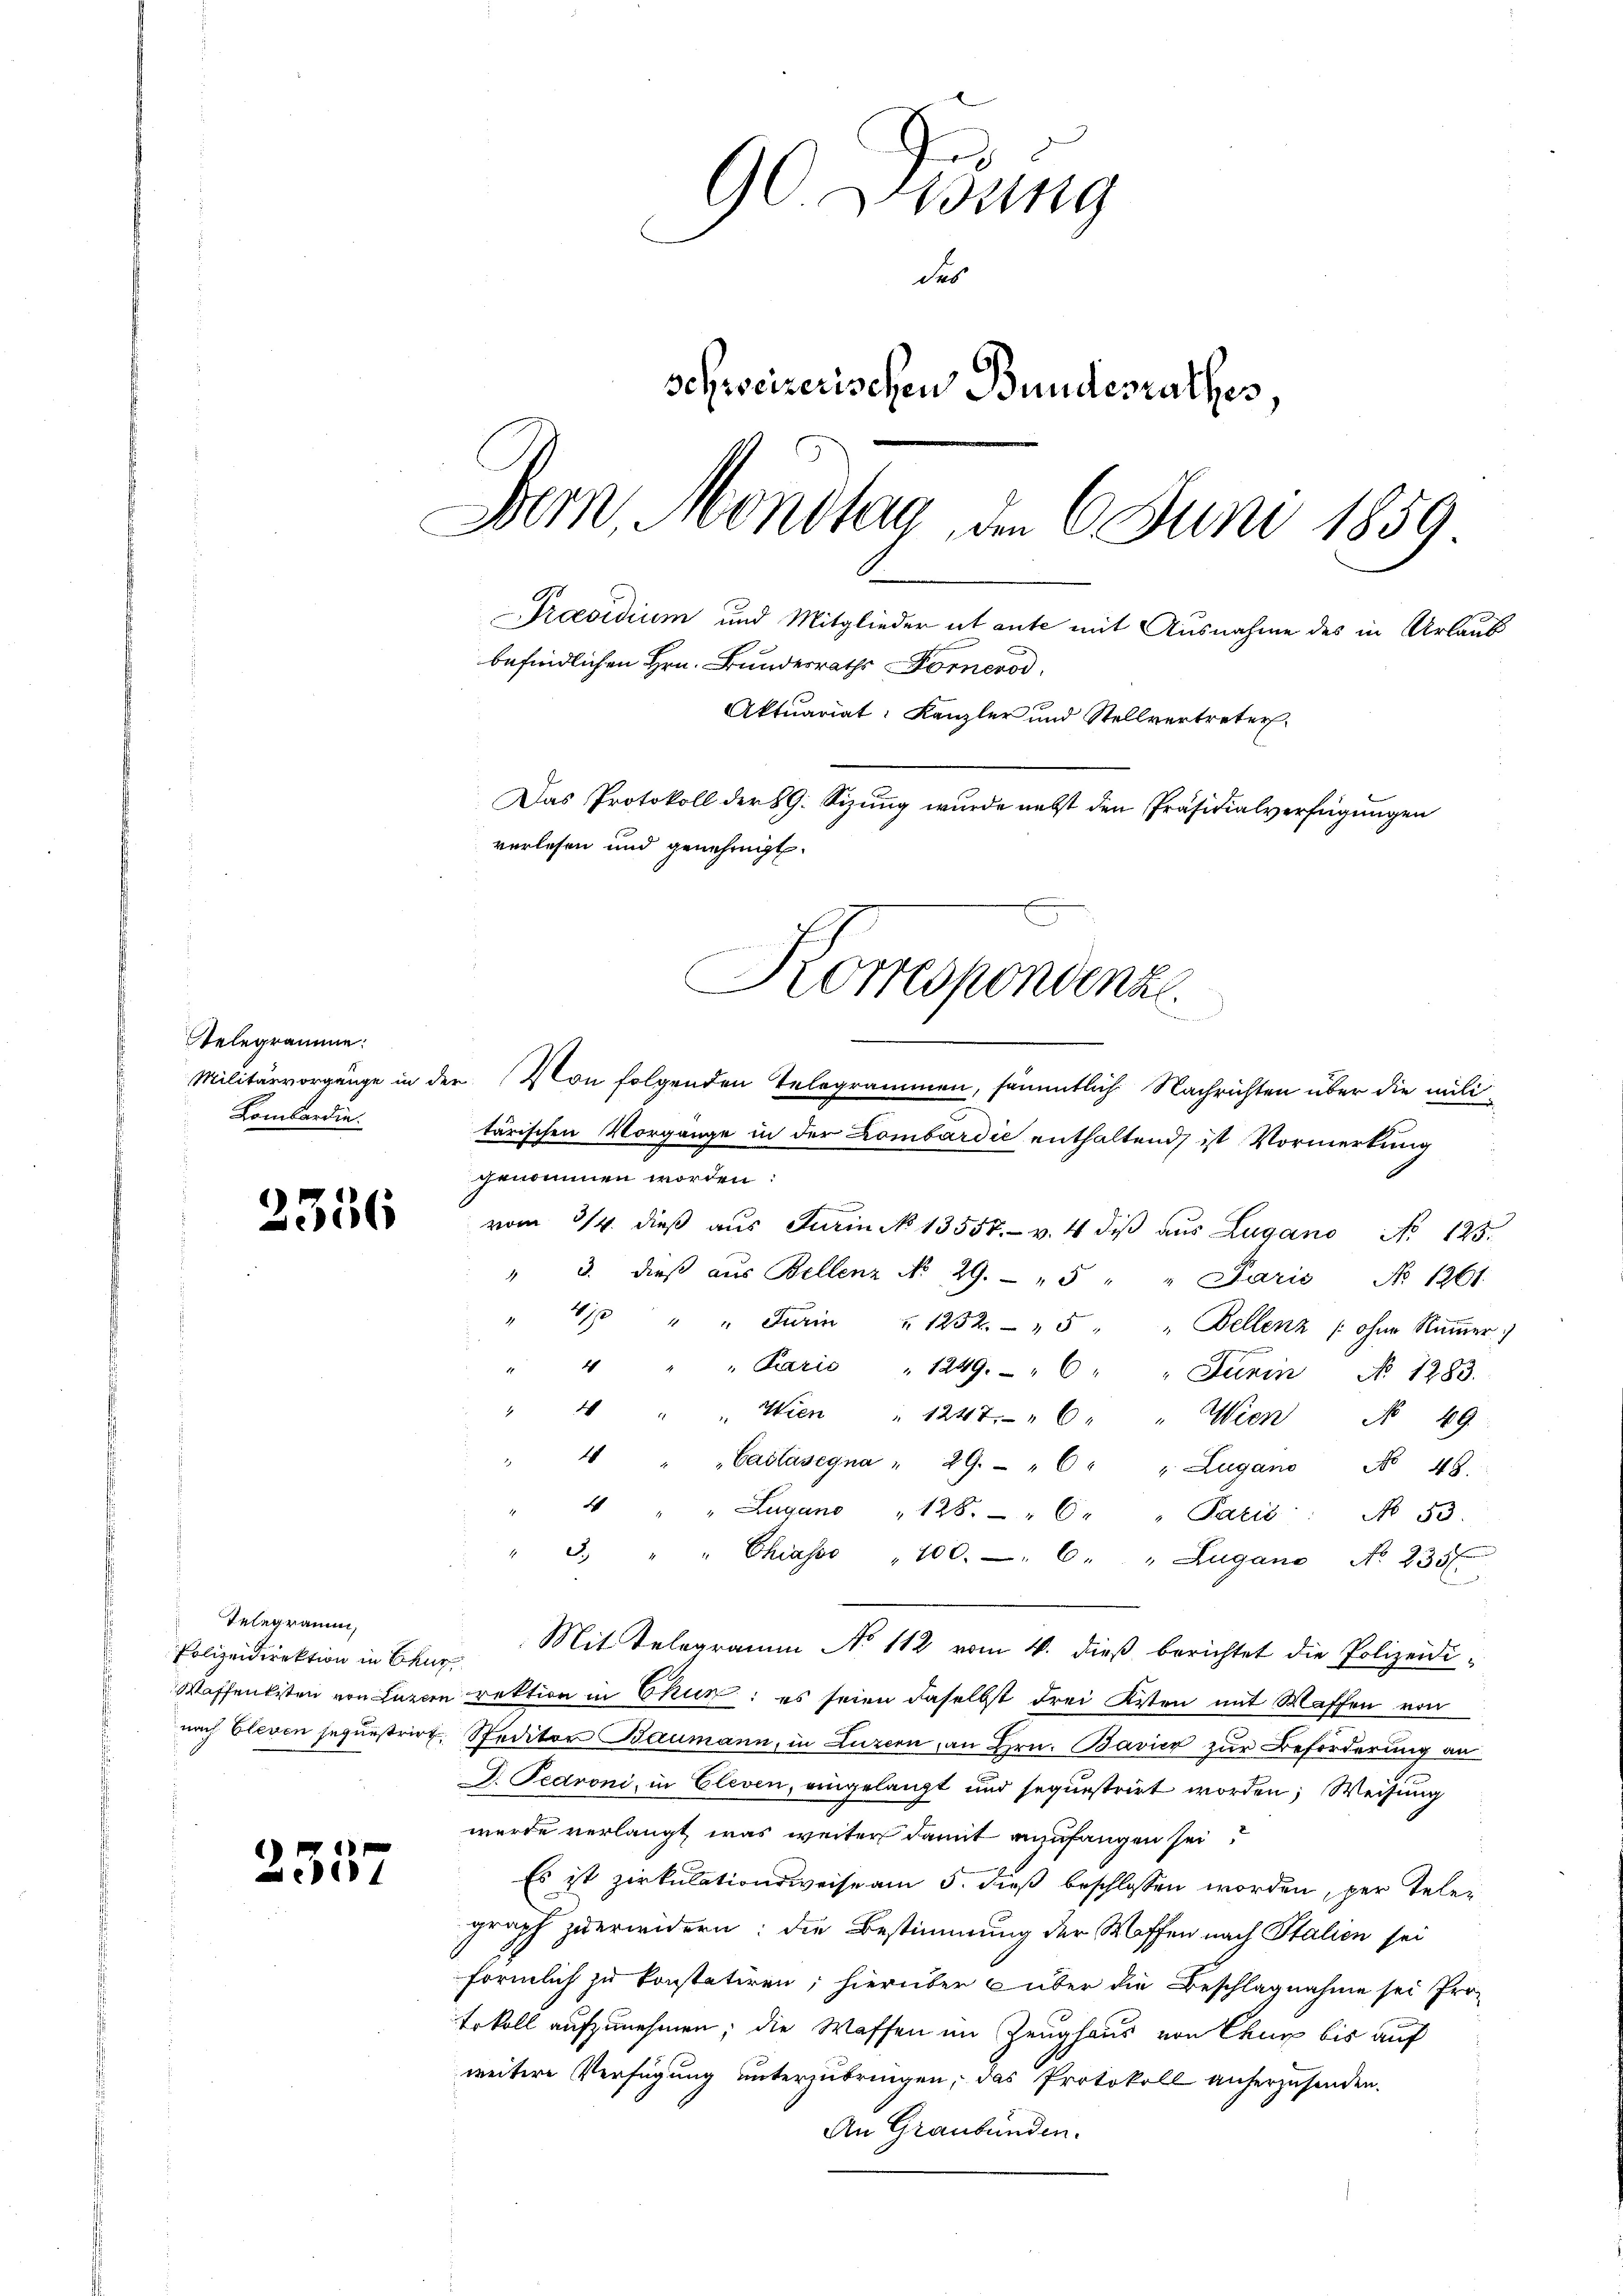
Telegramme:
Lombardin.

2336

Telegramm,
Polizeidirektion in Chur

2357

90 Didung
des
schweizerischen Bundesrathes,
Dern Mondtag den 6. Juni 1859
Praesidium und Mitglieder ut aute mit Ausnahme des in Urlaub
befindlichen Hrn. Bundesraths Fornerod
Aktuariat: Kanzler und Stellvertreter
Das Protokoll der 89. Sizung wurde nett den Präsidialverfügungen
verlesen und genehmigt.
Korrespondenze
i

tärischen Vorgänge in der Lombardić enthaltend, ist Vormerkung
genommen worden:
e
vom 3/4. dieβ aŭs Jurin No 13557. v. 4 diβ aŭs Lugano No 125.
4
3. dieβ aŭs Bellenz No. 29. " 5 " " Paris No 1261.
" 410 " " Jurin " 1252. " 5 " " Bellenz (ohne Rŭṁer:)
" " " Pario " 1249. " 6: " Junin No 1283.
" " " Wien " 1247. " 6 " " Wien No 49.
4 " "Caslásegna " 29. " " " Lugano No 48.
4 " " Lugano " 128. " 6 " " Paris No 53.
3. " " Chiasso " 100. 6. " Lugano No 235 f.
Mit Telegramm No 112 vom 4. dieß berichtet die Polizeidi¬
Waffentisten von Luzern rektion in Chun: es seien daselbst drei Kisten mit Waffen von
nach Cleven sequestrirt. Steditor Baumann, in Luzern, an Hrn. Bavier zur Beförderung an
J. Pedroni, in Cleven, eingelangt und sequestrirt worden; Weisung
wurde verlangt, was weiter damit anzufangen sei?
Es ist zirkulationsweise am 5. dieß beschlossen worden, per Teler
graph zu erwidern; die Bestimmung der Waffen nach Italien sei
förmlich zu konstatiren; hierüber über die Beschlagnahme sei Pro-
Erkoll aufzunehmen; die Waffen im Zeughaus von Chur bis auf
weitere Verfügung unterzubringen, das Protokoll anherzusenden.
An Graubünden.

Militärvorgänge in der Von folgenden Telegrammen, sämmtlich Nachrichten über die mili¬